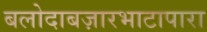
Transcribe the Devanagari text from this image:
बलोदाबज़ारभाटापारा